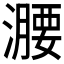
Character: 𣿺